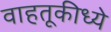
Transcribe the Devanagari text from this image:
वाहतूकीध्ये